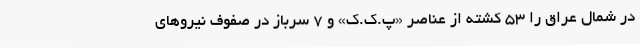
در شمال عراق را ۵۳ کشته از عناصر «پ.ک.ک» و ۷ سرباز در صفوف نیروهای